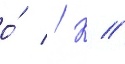
о́ // К //